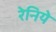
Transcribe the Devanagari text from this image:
रेनिये